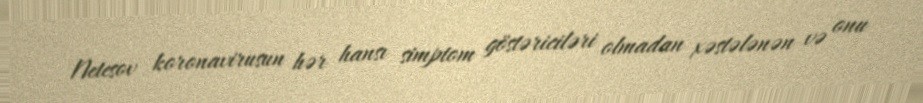
Netesov koronavirusun hər hansı simptom göstəriciləri olmadan xəstələnən və onu